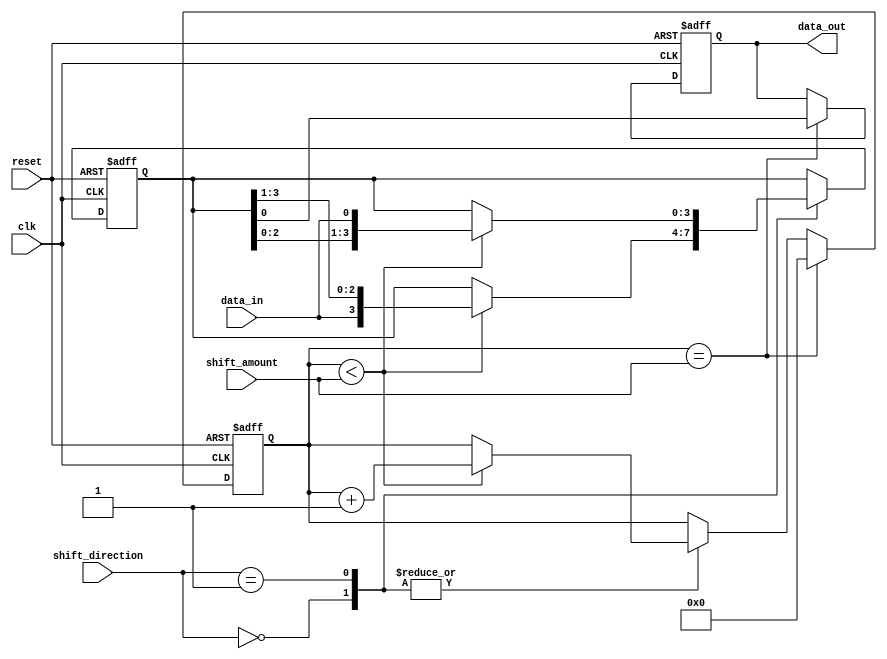
module UniversalShiftRegister(
    input wire clk,
    input wire reset,
    input wire [1:0] shift_direction,
    input wire [3:0] shift_amount,
    input wire data_in,
    output reg data_out
);

reg [3:0] shift_counter;
reg [3:0] shift_value;

always @(posedge clk or posedge reset) begin
    if (reset) begin
        shift_counter <= 4'b0000;
        shift_value <= 4'b0000;
        data_out <= 1'b0;
    end else begin
        case (shift_direction)
            2'b00: // Right shift
                if (shift_counter < shift_amount) begin
                    shift_value <= {data_in, shift_value[3:1]};
                    shift_counter <= shift_counter + 1;
                end
            2'b01: // Left shift
                if (shift_counter < shift_amount) begin
                    shift_value <= {shift_value[2:0], data_in};
                    shift_counter <= shift_counter + 1;
                end
            default:
                shift_value <= shift_value;
        endcase

        if (shift_counter == shift_amount) begin
            data_out <= shift_value[0];
            shift_counter <= 4'b0000;
        end
    end
end

endmodule